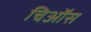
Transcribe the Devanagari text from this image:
चिऑस